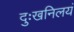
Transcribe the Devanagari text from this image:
दुःखनिलयं